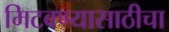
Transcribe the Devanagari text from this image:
मिटवण्यासाठीचा